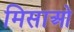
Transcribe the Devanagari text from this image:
मिसाओ